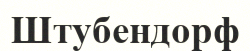
Штубендорф